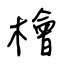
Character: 檜